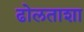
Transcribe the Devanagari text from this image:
ढोलताशा